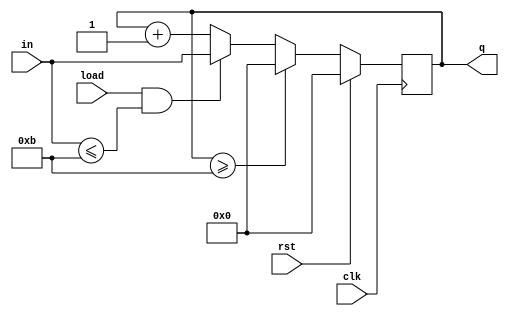
module mod12_count(input clk,rst,load, input [3:0] in, output reg [3:0] q); 
always@(posedge clk)
 begin 
if(rst) 
  q<=4'b0000;
 else if(q>=4'b1011)
  q<=4'b0000; 
else if(load == 1 && in <= 4'b1011)
  q<= in;
 else
  q<=q+1'b1; 
end
 endmodule